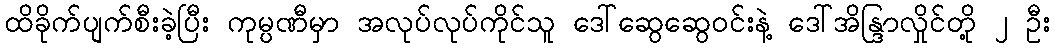
ထိခိုက်ပျက်စီးခဲ့ပြီး ကုမ္ပဏီမှာ အလုပ်လုပ်ကိုင်သူ ဒေါ်ဆွေဆွေဝင်းနဲ့ ဒေါ်အိန္ဒြာလှိုင်တို့ ၂ ဦး